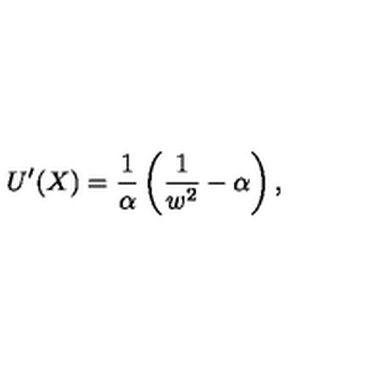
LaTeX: U ^ { \prime } ( X ) = \frac 1 \alpha \left( \frac 1 { w ^ { 2 } } - \alpha \right) ,